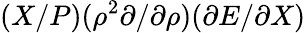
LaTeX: (X/P)(\rho^{2}\partial/\partial\rho)(\partial E/\partial X)